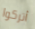
أتركوا